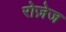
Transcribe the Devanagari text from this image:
रोज़ेज